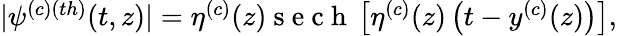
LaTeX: \begin{array}{r}{|\psi^{(c)(th)}(t,z)|=\eta^{(c)}(z)\mathrm{~s~e~c~h~}\left[\eta^{(c)}(z)\left(t-y^{(c)}(z)\right)\right],}\end{array}